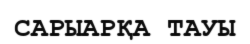
САРЫАРҚА ТАУЫ